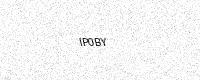
Text: IP0BY